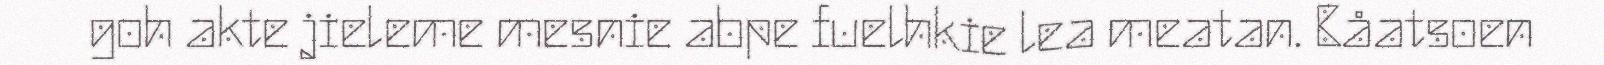
goh akte jieleme mesnie abpe fuelhkie lea meatan. Båatsoen